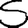
Digit: 5